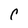
Character: C